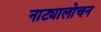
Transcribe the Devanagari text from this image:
नाट्यालोचन